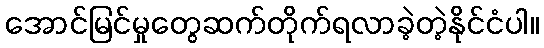
အောင်မြင်မှုတွေဆက်တိုက်ရလာခဲ့တဲ့နိုင်ငံပါ။